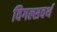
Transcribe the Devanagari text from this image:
विगल्सवर्थ